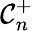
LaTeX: {\cal C}_{n}^{+}